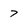
Character: 7